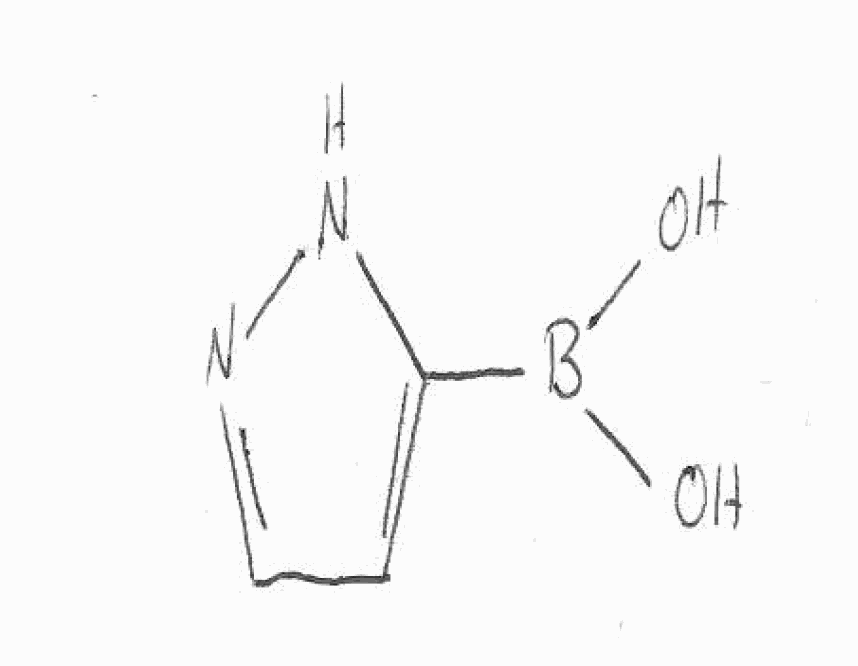
Simplified molecular-input line-entry system (SMILES) notation of the given molecule:
B(C1=CC=NN1)(O)O